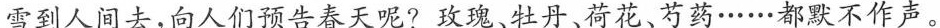
雪到人间去，向人们预告春天呢?玫瑰、牡丹、荷花、芍药……都默不作声。